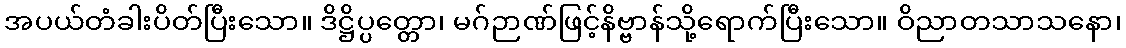
အပယ်တံခါးပိတ်ပြီးသော။ ဒိဋ္ဌိပ္ပတ္တော၊ မဂ်ဉာဏ်ဖြင့်နိဗ္ဗာန်သို့ရောက်ပြီးသော။ ဝိညာတသာသနော၊